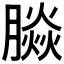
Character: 𰯚